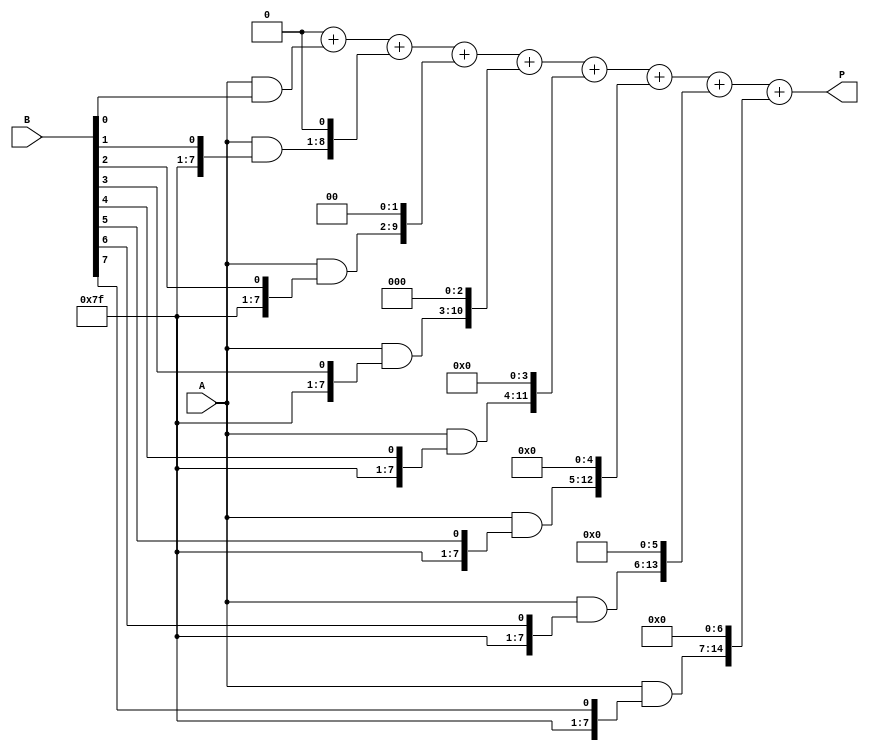
module radix2_multiplier #(parameter N = 8) (
    input  wire [N-1:0] A, // multiplicand
    input  wire [N-1:0] B, // multiplier
    output wire [2*N-1:0] P // product
);
    wire [N-1:0] partial_product [N-1:0];
    
    // Generate partial products
    genvar i;
    generate
        for (i = 0; i < N; i = i + 1) begin: partial_product_generation
            assign partial_product[i] = A & { {N{i ? 1'b1 : 1'b0}}, B[i] }; // Shift multiplicand based on bit position
        end
    endgenerate
    
    // Adder tree to sum the partial products
    wire [2*N-1:0] sum [N:0]; // Intermediate sums
    assign sum[0] = 0; // Initialize to zero

    integer j;
    always @(*) begin
        // Zero out sum registers
        for (j = 0; j <= N; j = j + 1) begin
            sum[j] = 0;
        end

        // Add each partial product
        for (j = 0; j < N; j = j + 1) begin
            sum[j+1] = sum[j] + (partial_product[j] << j); // Accumulate shifted partial products
        end
    end
    
    // Final product
    assign P = sum[N];

endmodule